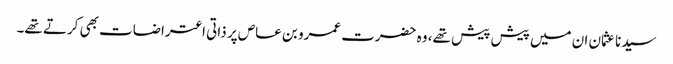
سیدنا عثمان ان میں پیش پیش تھے، وہ حضرت عمرو بن عاص پر ذاتی اعتراضات بھی کرتے تھے۔